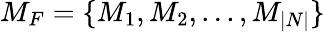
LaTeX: M_{F}=\{ M_{1},M_{2},...,M_{|N|}\}